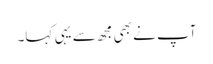
آپ نے بھی مجھ سے یہی کہا۔